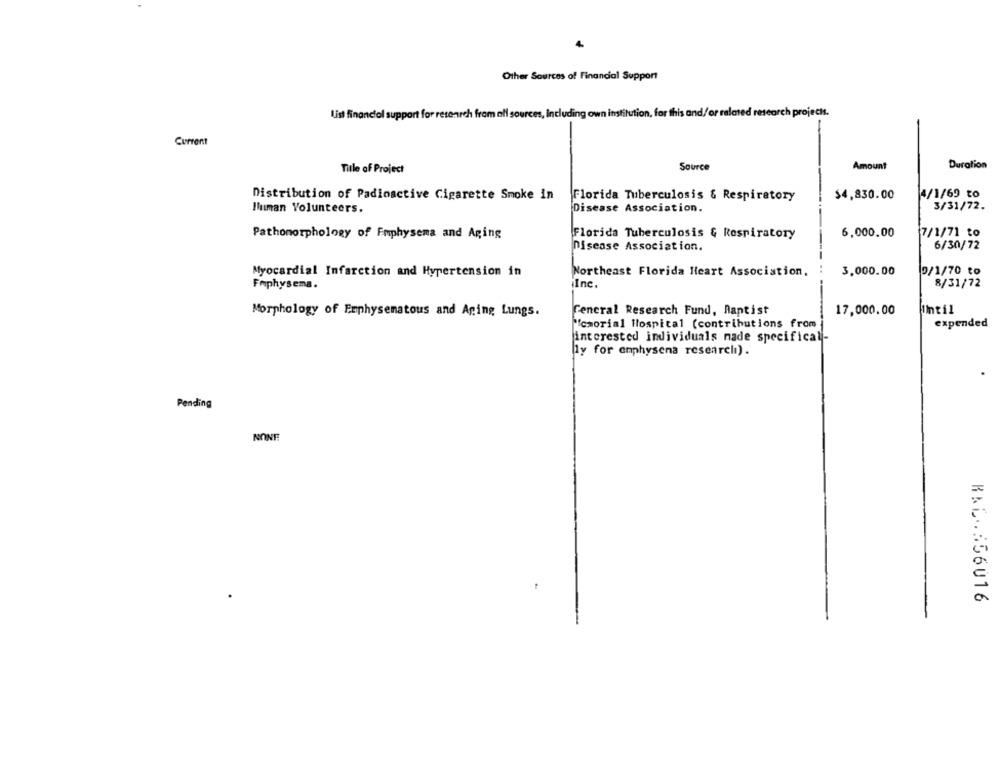
Other Sources of Financial Support
List financial support for research from all sources, Including own institution, for this and/or related research projects.
Current
Source
Amount
Duration
Title of Project
Distribution of Padinactive Cigarette Smoke in
Florida Tuberculosis & Respiratory
$4,830.00
4/1/69 to
3/31/72.
liman Volunteers.
Disease Association.
Pathomorphology of Emphysema and Aging
Florida Tuberculosis & Respiratory
6,000.00
7/1/71 to
Disease Association.
6/30/72
Myocardial Infarction and Hypertension in
Northeast Florida Heart Association,
3,000.00
9/1/70 to
Emphysema.
Inc.
8/31/72
General Research Fund, Rantist
17,000.00
1til
Morphology of Frphysematous and Aging Lungs.
"icmorial Ilospital (contributions from
expended
interested individuals nade specifical-
ly for emphysena researchi).
Pending
NONE
RAL-556016